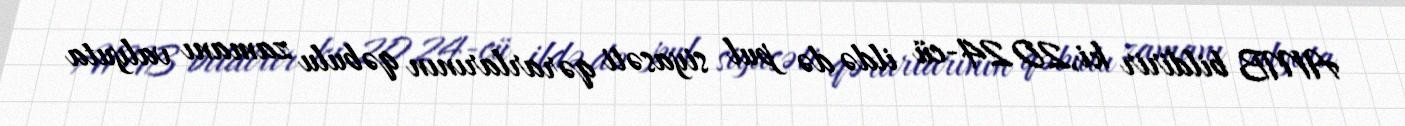
AMB bildirir ki,2024-cü ildə də pul siyasəti qərarlarının qəbulu zamanı valyuta